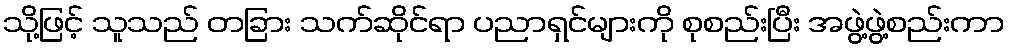
သို့ဖြင့် သူသည် တခြား သက်ဆိုင်ရာ ပညာရှင်များကို စုစည်းပြီး အဖွဲ့ဖွဲ့စည်းကာ